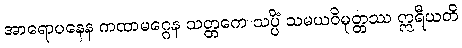
အာရောပနေန ကထာမဂ္ဂေန သတ္တကေ သပ္ပိံ သမယဝိမုတ္တဿ ဣရီယတိ